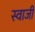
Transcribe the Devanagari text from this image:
स्वाजी